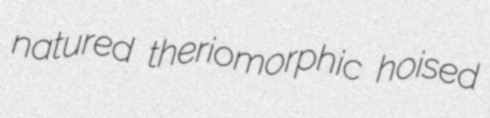
natured theriomorphic hoised